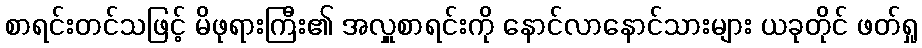
စာရင်းတင်သဖြင့် မိဖုရားကြီး၏ အလှူစာရင်းကို နောင်လာနောင်သားများ ယခုတိုင် ဖတ်ရှု